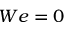
W e = 0